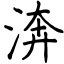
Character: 渀